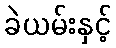
ခဲယမ်းနှင့်